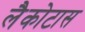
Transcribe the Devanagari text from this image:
लैकोटास